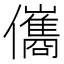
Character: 儶